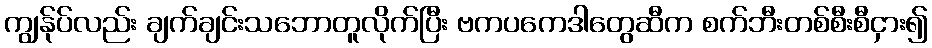
ကျွန်ုပ်လည်း ချက်ချင်းသဘောတူလိုက်ပြီး ဗကပကေဒါတွေဆီက စက်ဘီးတစ်စီးစီငှား၍